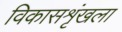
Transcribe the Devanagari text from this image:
विकासशृंखला